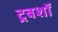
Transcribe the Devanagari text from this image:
ट्रबशॉ